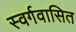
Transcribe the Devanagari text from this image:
स्वर्गवासित